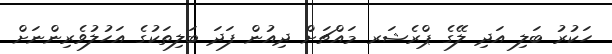
ހަކުރު ބަލި އަދި ލޭގެ ޕްރެޝަރ މައްޗަށް ދިއުން ފަދަ ބަލިތަކުގެ އަހުލުވެރިންނަށް